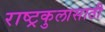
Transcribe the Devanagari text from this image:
राष्ट्रकुलासाठी